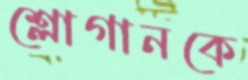
শ্লোগানকে